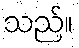
သည်။